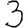
Digit: 3